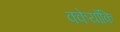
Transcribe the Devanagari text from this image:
क्केयोंकि